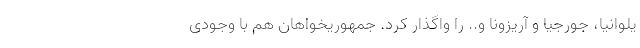
یلوانیا، جورجیا و آریزونا و.. را واگذار کرد. جمهوریخواهان هم با وجودی